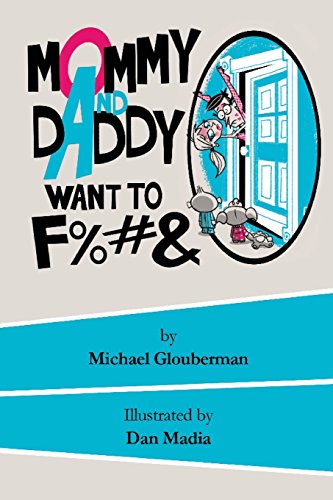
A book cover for Mommy and Daddy want to F%#&; Michael Glouberman; Humor & Entertainment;